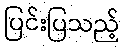
ပြင်းပြသည့်